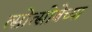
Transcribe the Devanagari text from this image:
त्सोत्सोबेच्या